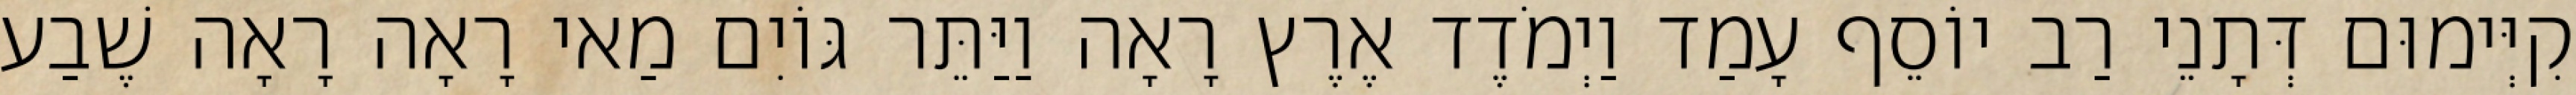
קִיְּימוּם דְּתָנֵי רַב יוֹסֵף עָמַד וַיְמֹדֶד אֶרֶץ רָאָה וַיַּתֵּר גּוֹיִם מַאי רָאָה רָאָה שֶׁבַע